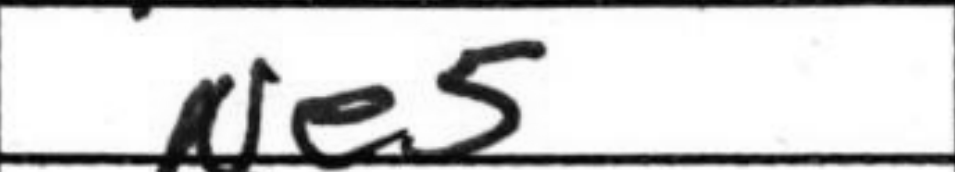
Transcription: Ne5